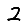
Digit: 2